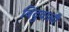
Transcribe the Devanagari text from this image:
बिंदुवाली